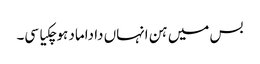
بس میں ہن انہاں دا داماد ہوچکیا سی۔